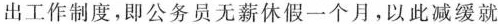
出工作制度，即公务员无薪休假一个月。以此减缓就